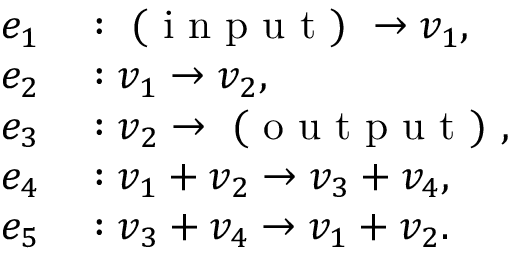
\begin{array} { r l } { e _ { 1 } } & { { } : \mathrm { ~ ( ~ i ~ n ~ p ~ u ~ t ~ ) ~ } \to v _ { 1 } , } \\ { e _ { 2 } } & { { } : v _ { 1 } \to v _ { 2 } , } \\ { e _ { 3 } } & { { } : v _ { 2 } \to \mathrm { ~ ( ~ o ~ u ~ t ~ p ~ u ~ t ~ ) ~ } , } \\ { e _ { 4 } } & { { } : v _ { 1 } + v _ { 2 } \to v _ { 3 } + v _ { 4 } , } \\ { e _ { 5 } } & { { } : v _ { 3 } + v _ { 4 } \to v _ { 1 } + v _ { 2 } . } \end{array}